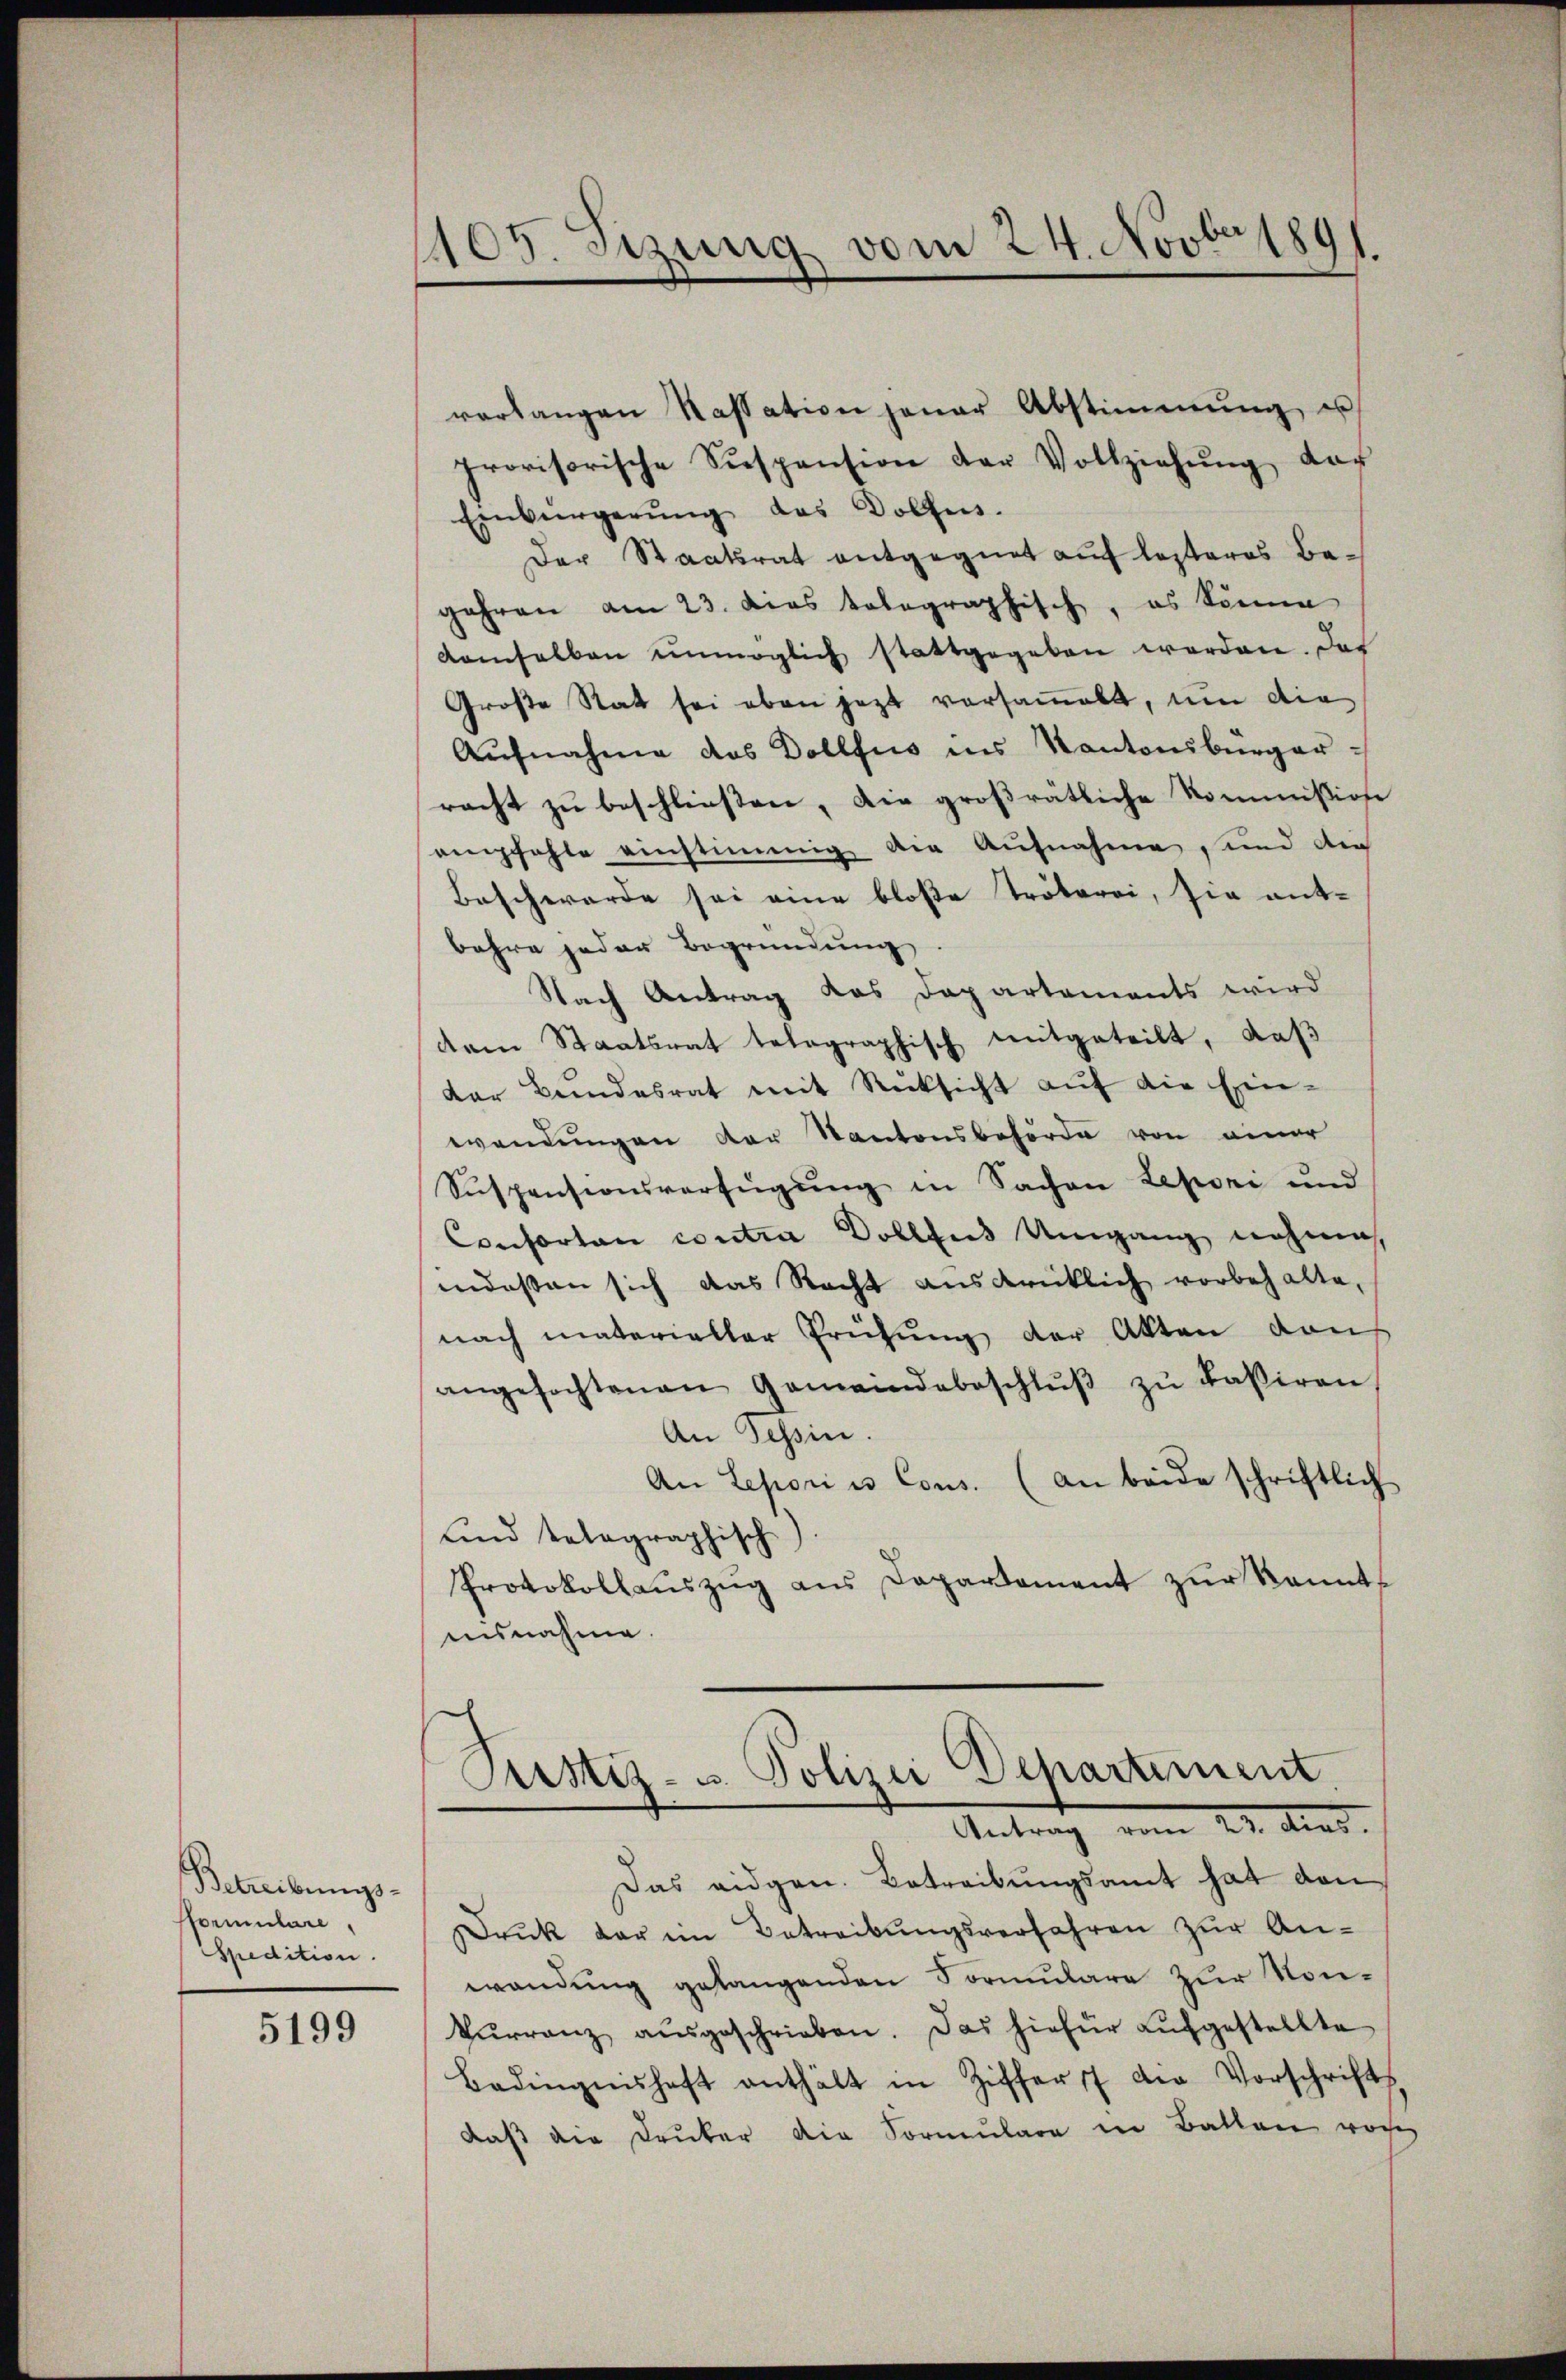
Betreibungs-
fformulare,
Spedition.

5199

1105. Sezung vom 24. Novber 1891.

verlangen Kassation jener Abstimmung u
provisorische Suspension der Vollziehŭng dar
Einbürgerŭng das Wolfens.
Der Staatsrat entgegnet auf lesteres Begehren am 23. dies tolographisch, es könne
damselben unmöglich stattgegeben worden. Das
Große Rat sei oben jezt versammelt, um die
Aŭfnahme das Dollfus ins Kantonsbürgerracht zu beschließen, die großratliche Kommißion
empfehle einstimmig der Aufnahme, und der
Beschwerde sei eine bloße Tröterei, sie ent-
bahre jeder Begründung
Nach Antrag das Departements wird
dem Staatsrat telegraphisch mitgeteilt, daβ
dar Bŭndesrat mit Rücksicht aŭf die Ein-
wendungen der Kantonsbehörde von einer
Suspensionsverfügung in Sachen Leponi und
Consortan contra Dollfus Umgang nehme,
indessen sich das Recht ausdrücklich vorbehalte,
nach materieller Prüfung der Akten dan
angefochtenen Gemeindebeschlŭβ zŭ kasiren
An Schin.
An Leporius Cons. (An beide schriftlich
und tolographisch
Protokollauszug aus Departement zur kanntausnahme.

Justiz- u. Polizei Departement.
Antrag vom 22. Juni.

Das eidgen. Betreibungsamt hat von
rŭk der im Betreibŭngsverfahren zur Anwendung gelangenden Formulare zur Son¬
Tŭrranz aŭsgeschrieben. Das hiefür aŭfgestellte
Bedingnishaft enthält in Ziffert der Vorschrifts
daß die Druker die Formulare in Ballen vorhe